Madras plague regulations in force outside the Presidency town - Volume 2
Disease focus: Plague
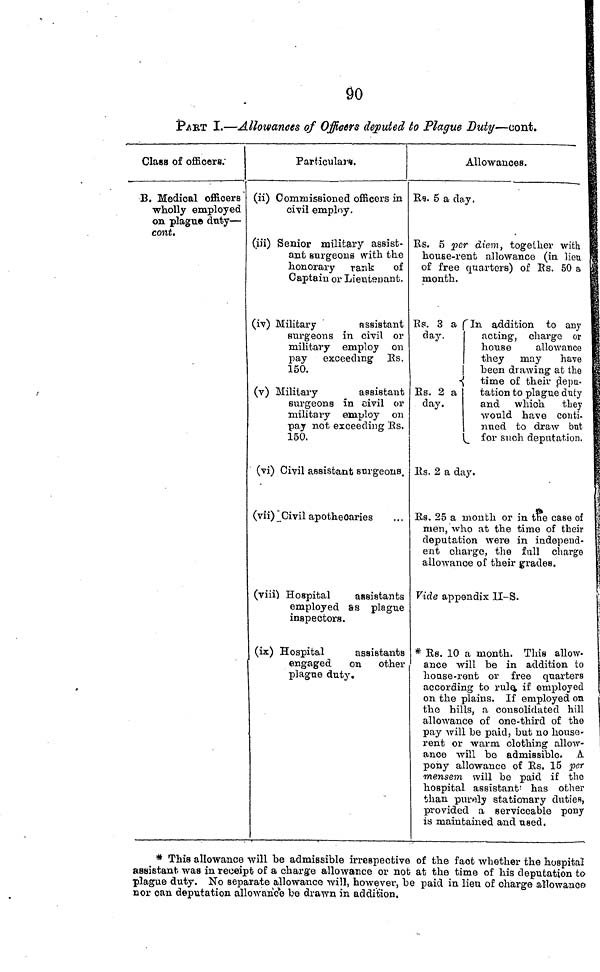
90
PART I.—Allowances of Officers deputed to Plague Duty—cont.
Class of officers.
B. Medical officers
wholly employed
on plague duty —
cont.
Particulars.
(ii) Commissioned officers in
civil employ.
(iii) Senior military assist-
ant surgeons with the
honorary rank of
Captain or Lieutenant.
(iv) Military
assistant
surgeons in civil or
military employ on
pay exceeding Rs.
150.
(v) Military
assistant
surgeons in civil or
military employ on
pay not exceeding Es.
150.
(vi) Civil assistant surgeons.
(vii) Civil apothecaries
(viii) Hospital
assistants
employed as plague
inspectors.
(ix) Hospital
assistants
engaged on other
plague duty.
Allowances.
i
Rs. 5 a day.
Rs. 5 per diem, together with
house-rent allowance (in lieu
of free quarters) of Rs. 50 a
month.
Rs. 3 a fin addition to any
day.
acting, charge or
house
allowance
they may
have
been drawing at the
time of their depu-
Rs. 2 a
tation to plague duty
day.
and which they
would have conti- 1
nued to draw but
for such deputation,
Rs. 2 a day.
Rs. 25 a mouth or in the case of
men, who at the time of their
deputation were in independ-
ent charge, the full charge
allowance of their grades.
Vide appendix II-S.
* Rs. 10 a month. This allow-
anee will be in addition to
house -rent or free quarters
according to rule, if employed
on the plains. If employed on.
the hills, a consolidated hill
allowance of one-third of the
pay will be paid, but no house-
rent or warm clothing allow-
ance will be admissible. A.
pony allowance of Rs. 15 per
mensem will be paid i£ the
hospital assistant has other
than purely stationary duties,
provided a serviceable pony
is maintained and used.
* This allowance will be admissible irrespective of the fact whether the hospital
assistant was in receipt of a charge allowance or not at the time of his deputation to
plague duty. No separate allowance will, however, be paid in lien of charge allowance
nor can deputation allowance be drawn in addition.